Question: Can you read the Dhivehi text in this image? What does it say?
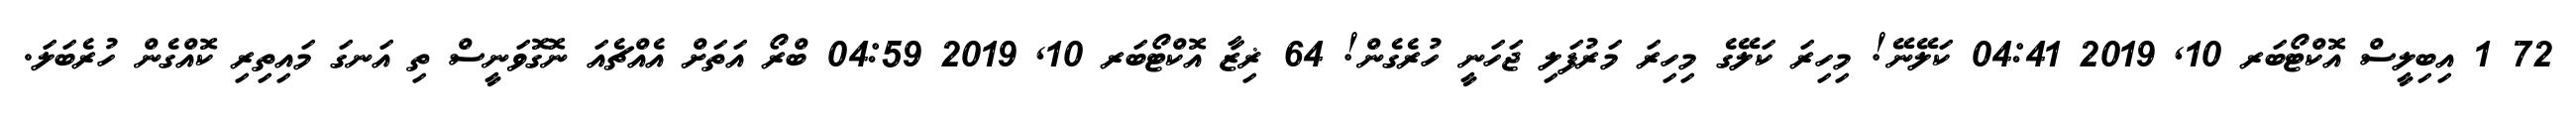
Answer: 72 1 އިބިލީސް އޮކްޓޯބަރ 10, 2019 04:41 ކަލޭނޭ! މިހިރަ ކަލޭގެ މިހިރަ މަރުފަލި ޖަހަނީ ހުރެގެން! 64 ޜިޒާ އޮކްޓޯބަރ 10, 2019 04:59 ބްރޯ އަތަށް އެއްޗެއަ ނޮގޮވަނީސް ތި އަނގަ މައިތިރި ކޮއްގެން ހުރެބަލަ.